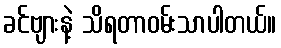
ခင်ဗျားနဲ့ သိရတာဝမ်းသာပါတယ်။